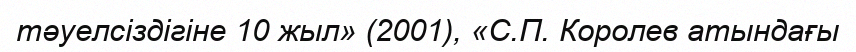
тәуелсіздігіне 10 жыл» (2001), «С.П. Королев атындағы